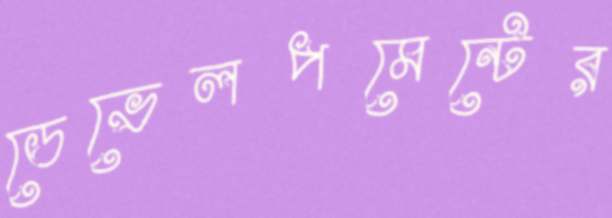
ডেভেলপমেন্টের